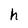
Character: h